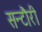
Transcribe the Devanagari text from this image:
सन्टौरी